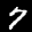
Label: 7